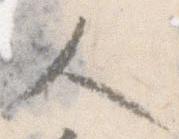
人